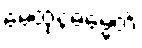
မေထုနဓမ္မေတိ